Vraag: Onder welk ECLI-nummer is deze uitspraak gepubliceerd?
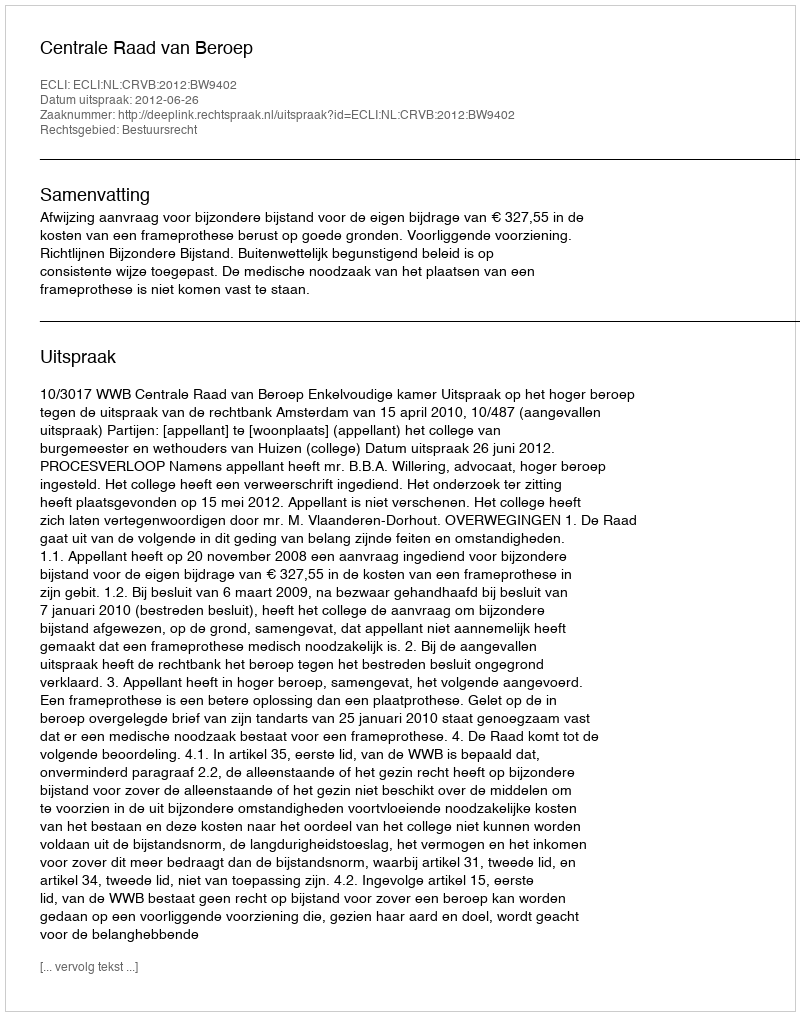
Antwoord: ECLI:NL:CRVB:2012:BW9402